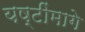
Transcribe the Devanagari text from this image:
यष्टींमागे